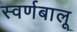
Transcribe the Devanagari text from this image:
स्वर्णबालू